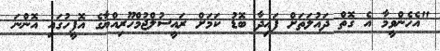
"އެހެންވީމާ އެ ގޮތް ދައުލަތަށް ފައިދާ ބޮޑު ކަމަށް ރައީސުލްޖުމްހޫރިއްޔާގެ އޮފީހުގައި އޮންނަ